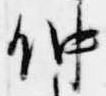
仲